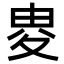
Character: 𡕦